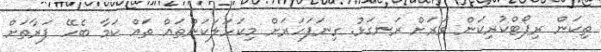
ތިކަން ރިޕޯޓްކުރިކަން ވަރަށް ރަނގަޅު. ގިނަފަހަރަށް މިކަހަލަކަންތައް ތައް ކަމާ ބެހޭ ފަރާތަށް